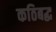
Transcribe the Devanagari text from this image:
कठिबद्ध